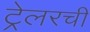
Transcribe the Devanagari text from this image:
ट्रेलरची